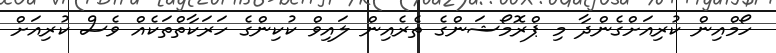
ހޯމްއިން ކުރިއަށްގެންދާ މި ޕްރޮމޯޝަންގެ ތެރެއިން ލައިވް ކުކިންގެ ހަރަކާތްތަކެއް ވެސް ކުރިއަށް